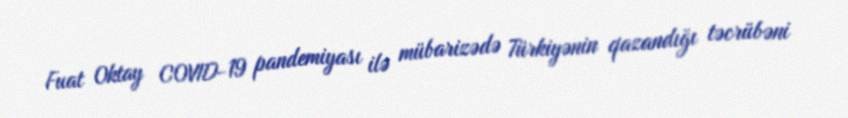
Fuat Oktay COVID-19 pandemiyası ilə mübarizədə Türkiyənin qazandığı təcrübəni